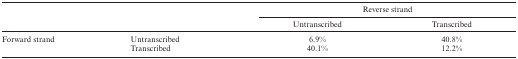
|  |  | <COLSPAN=2> Reverse strand |
 |  |  | Untranscribed | Transcribed |
 | --- | --- | --- | --- |
 | Forward strand | Untranscribed | 6.9% | 40.8% |
 |  | Transcribed | 40.1% | 12.2% |